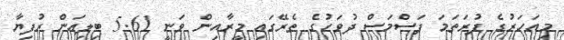
މިއަހަރުގެ ފުރަތަމަ ފަސްމަސް ދުވަހުގެ ތެރޭގައި މީރާއިން ވަނީ 5.61 ބިލިއަން ރުފިޔާ